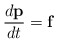
\begin{align*}\frac{d{\bf p}}{dt}={\bf f} \end{align*}